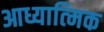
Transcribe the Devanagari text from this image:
आध्यात्‍मिक